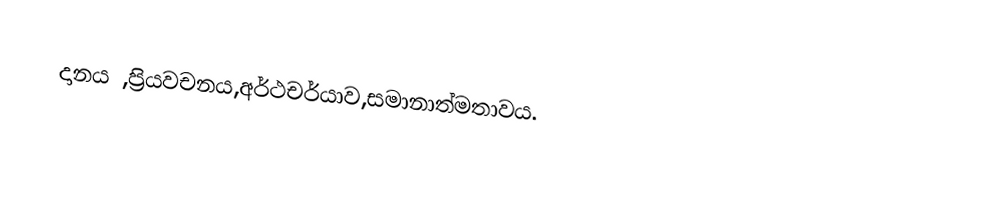
දානය ,ප්‍රියවචනය,අර්ථචර්යාව,සමානාත්මතාවය.